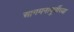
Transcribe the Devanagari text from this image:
आगमनापूर्वीच्या